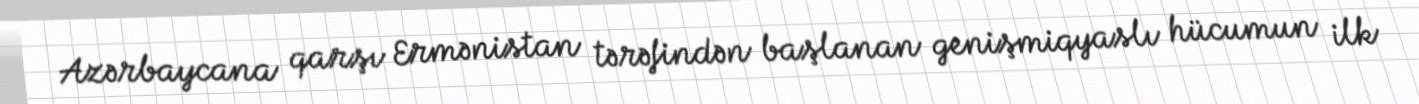
Azərbaycana qarşı Ermənistan tərəfindən başlanan genişmiqyaslı hücumun ilk